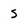
Character: s